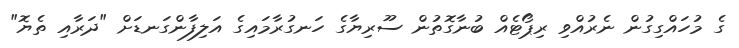
ގެ މުހައްގިގުން ނެރުއްވި ރިޕޯޓެއް ބުނާގޮތުން ސޫރިޔާގެ ހަނގުރާމައިގެ އަލިފާންގަނޑަށް "ދަރާއި ތެޔޮ"